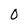
Character: O